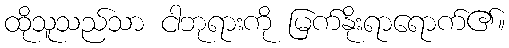
ထိုသူသည်သာ ငါဘုရားကို မြက်နိုးရာရောက်၏။